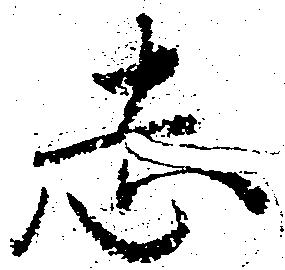
志